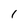
Character: I